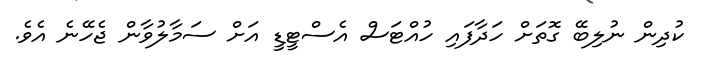
ކުދިން ނުލިބޭ ގޮތަށް ހަދާފައި ހުއްޓަސް އެސްޓީޑީ އަށް ސަމާލުވާން ޖެހޭނެ އެވެ.